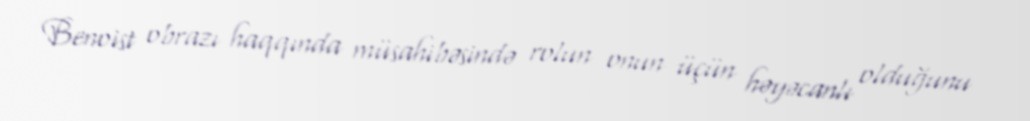
Benoist obrazı haqqında müsahibəsində rolun onun üçün həyəcanlı olduğunu